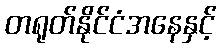
တရုတ်နိုင်ငံအနေနှင့်